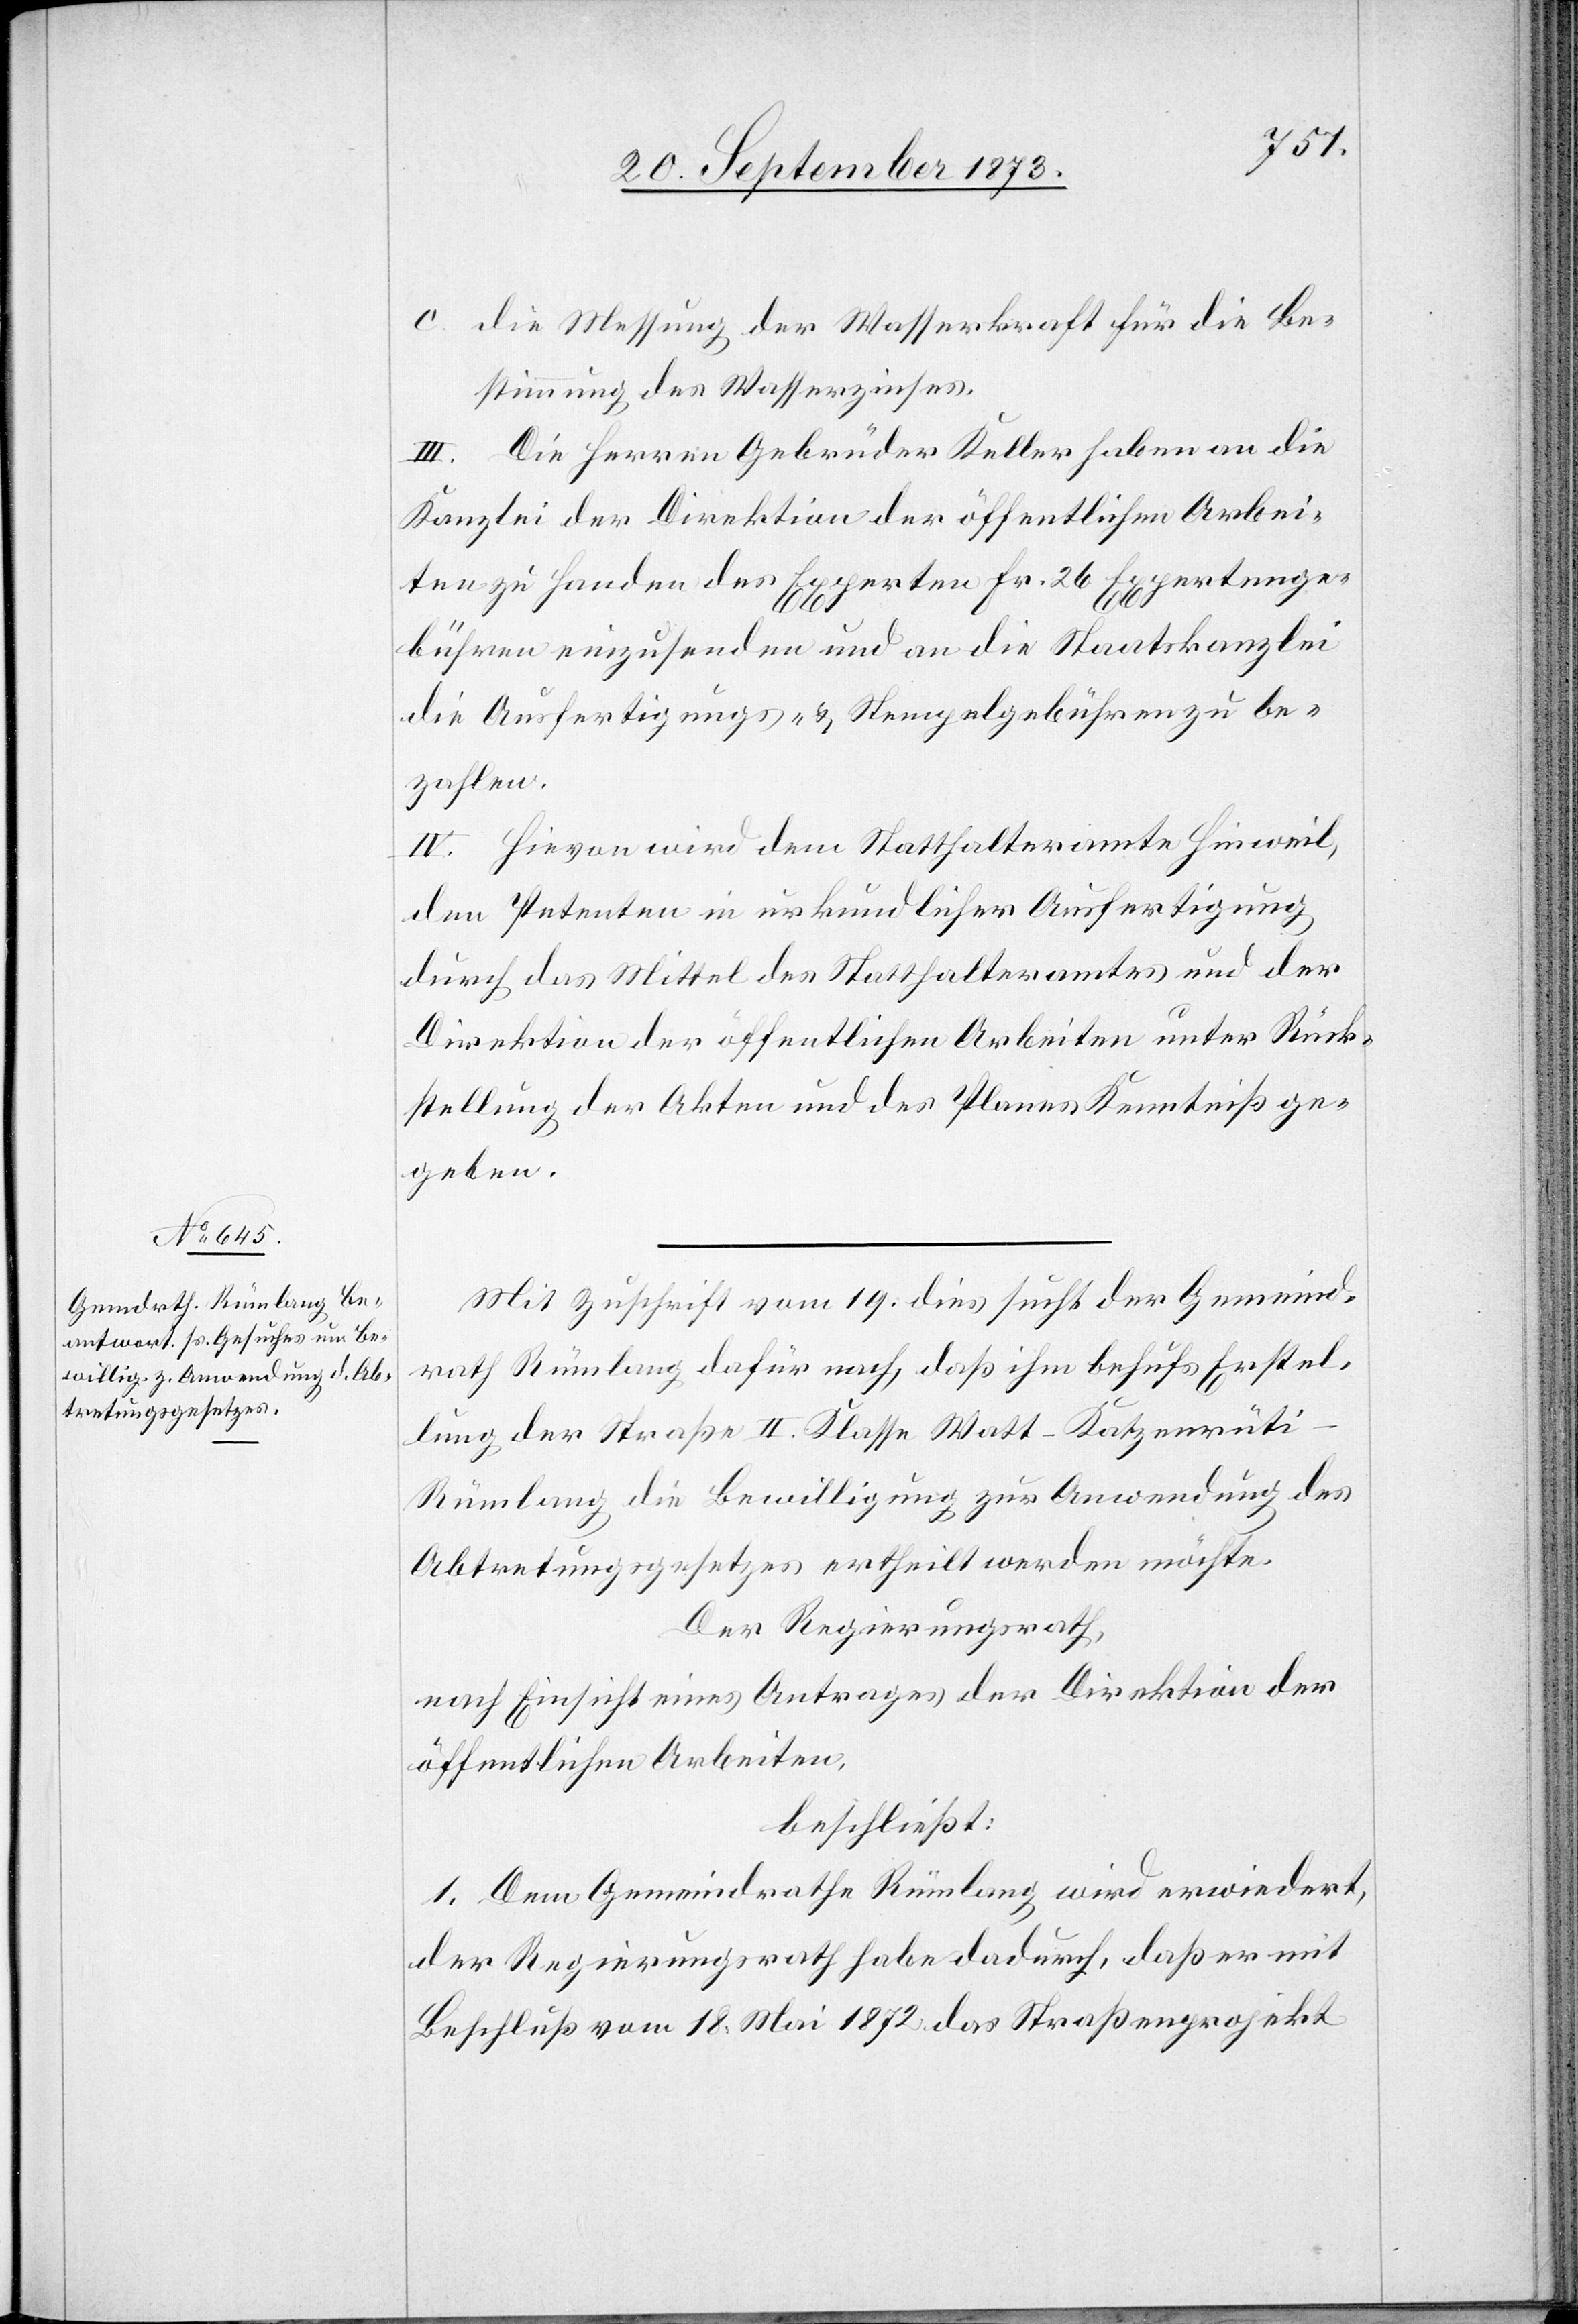
c. die Messung der Wasserkraft für die Be¬
stimmung des Wasserzinses.
III. Die Herren Gebrüder Keller haben an die
Kanzlei der Direktion der öffentlichen Arbei¬
ten zu Handen des Experten Fr. 26 Expertenge¬
bühren einzusenden und an die Staatskanzlei
die Ausfertigungs- & Stempelgebühren zu be¬
zahlen.
IV. Hievon wird dem Statthalteramte Hinweil,
den Petenten in urkundlicher Ausfertigung
durch das Mittel des Statthalteramtes und der
Direktion der öffentlichen Arbeiten unter Rück¬
stellung der Akten und des Planes Kenntniß ge¬
geben.
Mit Zuschrift vom 19. dies sucht der Gemeind¬
rath Rümlang dafür nach, daß ihm behufs Erstel¬
lung der Straße II. Klasse Watt–Katzenrüti–R¬
ümlang die Bewilligung zur Anwendung des
Abtretungsgesetzes ertheilt werden möchte.
Der Regierungsrath,
nach Einsicht eines Antrages der Direktion der
öffentlichen Arbeiten,
beschließt:
1. Dem Gemeindrathe Rümlang wird erwiedert,
der Regierungsrath habe dadurch, daß er mit
Beschluß vom 18. Mai 1872 das Straßenprojekt